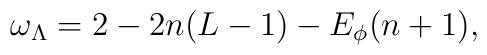
\omega_\Lambda = 2 - 2n (L-1) - E_\phi (n+1),